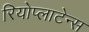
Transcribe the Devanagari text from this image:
रियोप्लाटेन्स